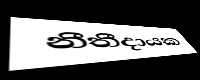
නීතීදායක